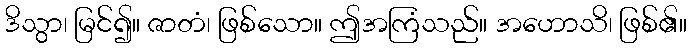
ဒိသွာ၊ မြင်၍။ ဇာတံ၊ ဖြစ်သော။ ဤအကြံသည်။ အဟောသိ၊ ဖြစ်၏။